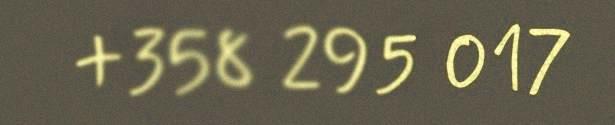
+358 295 017